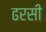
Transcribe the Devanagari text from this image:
ढरसी